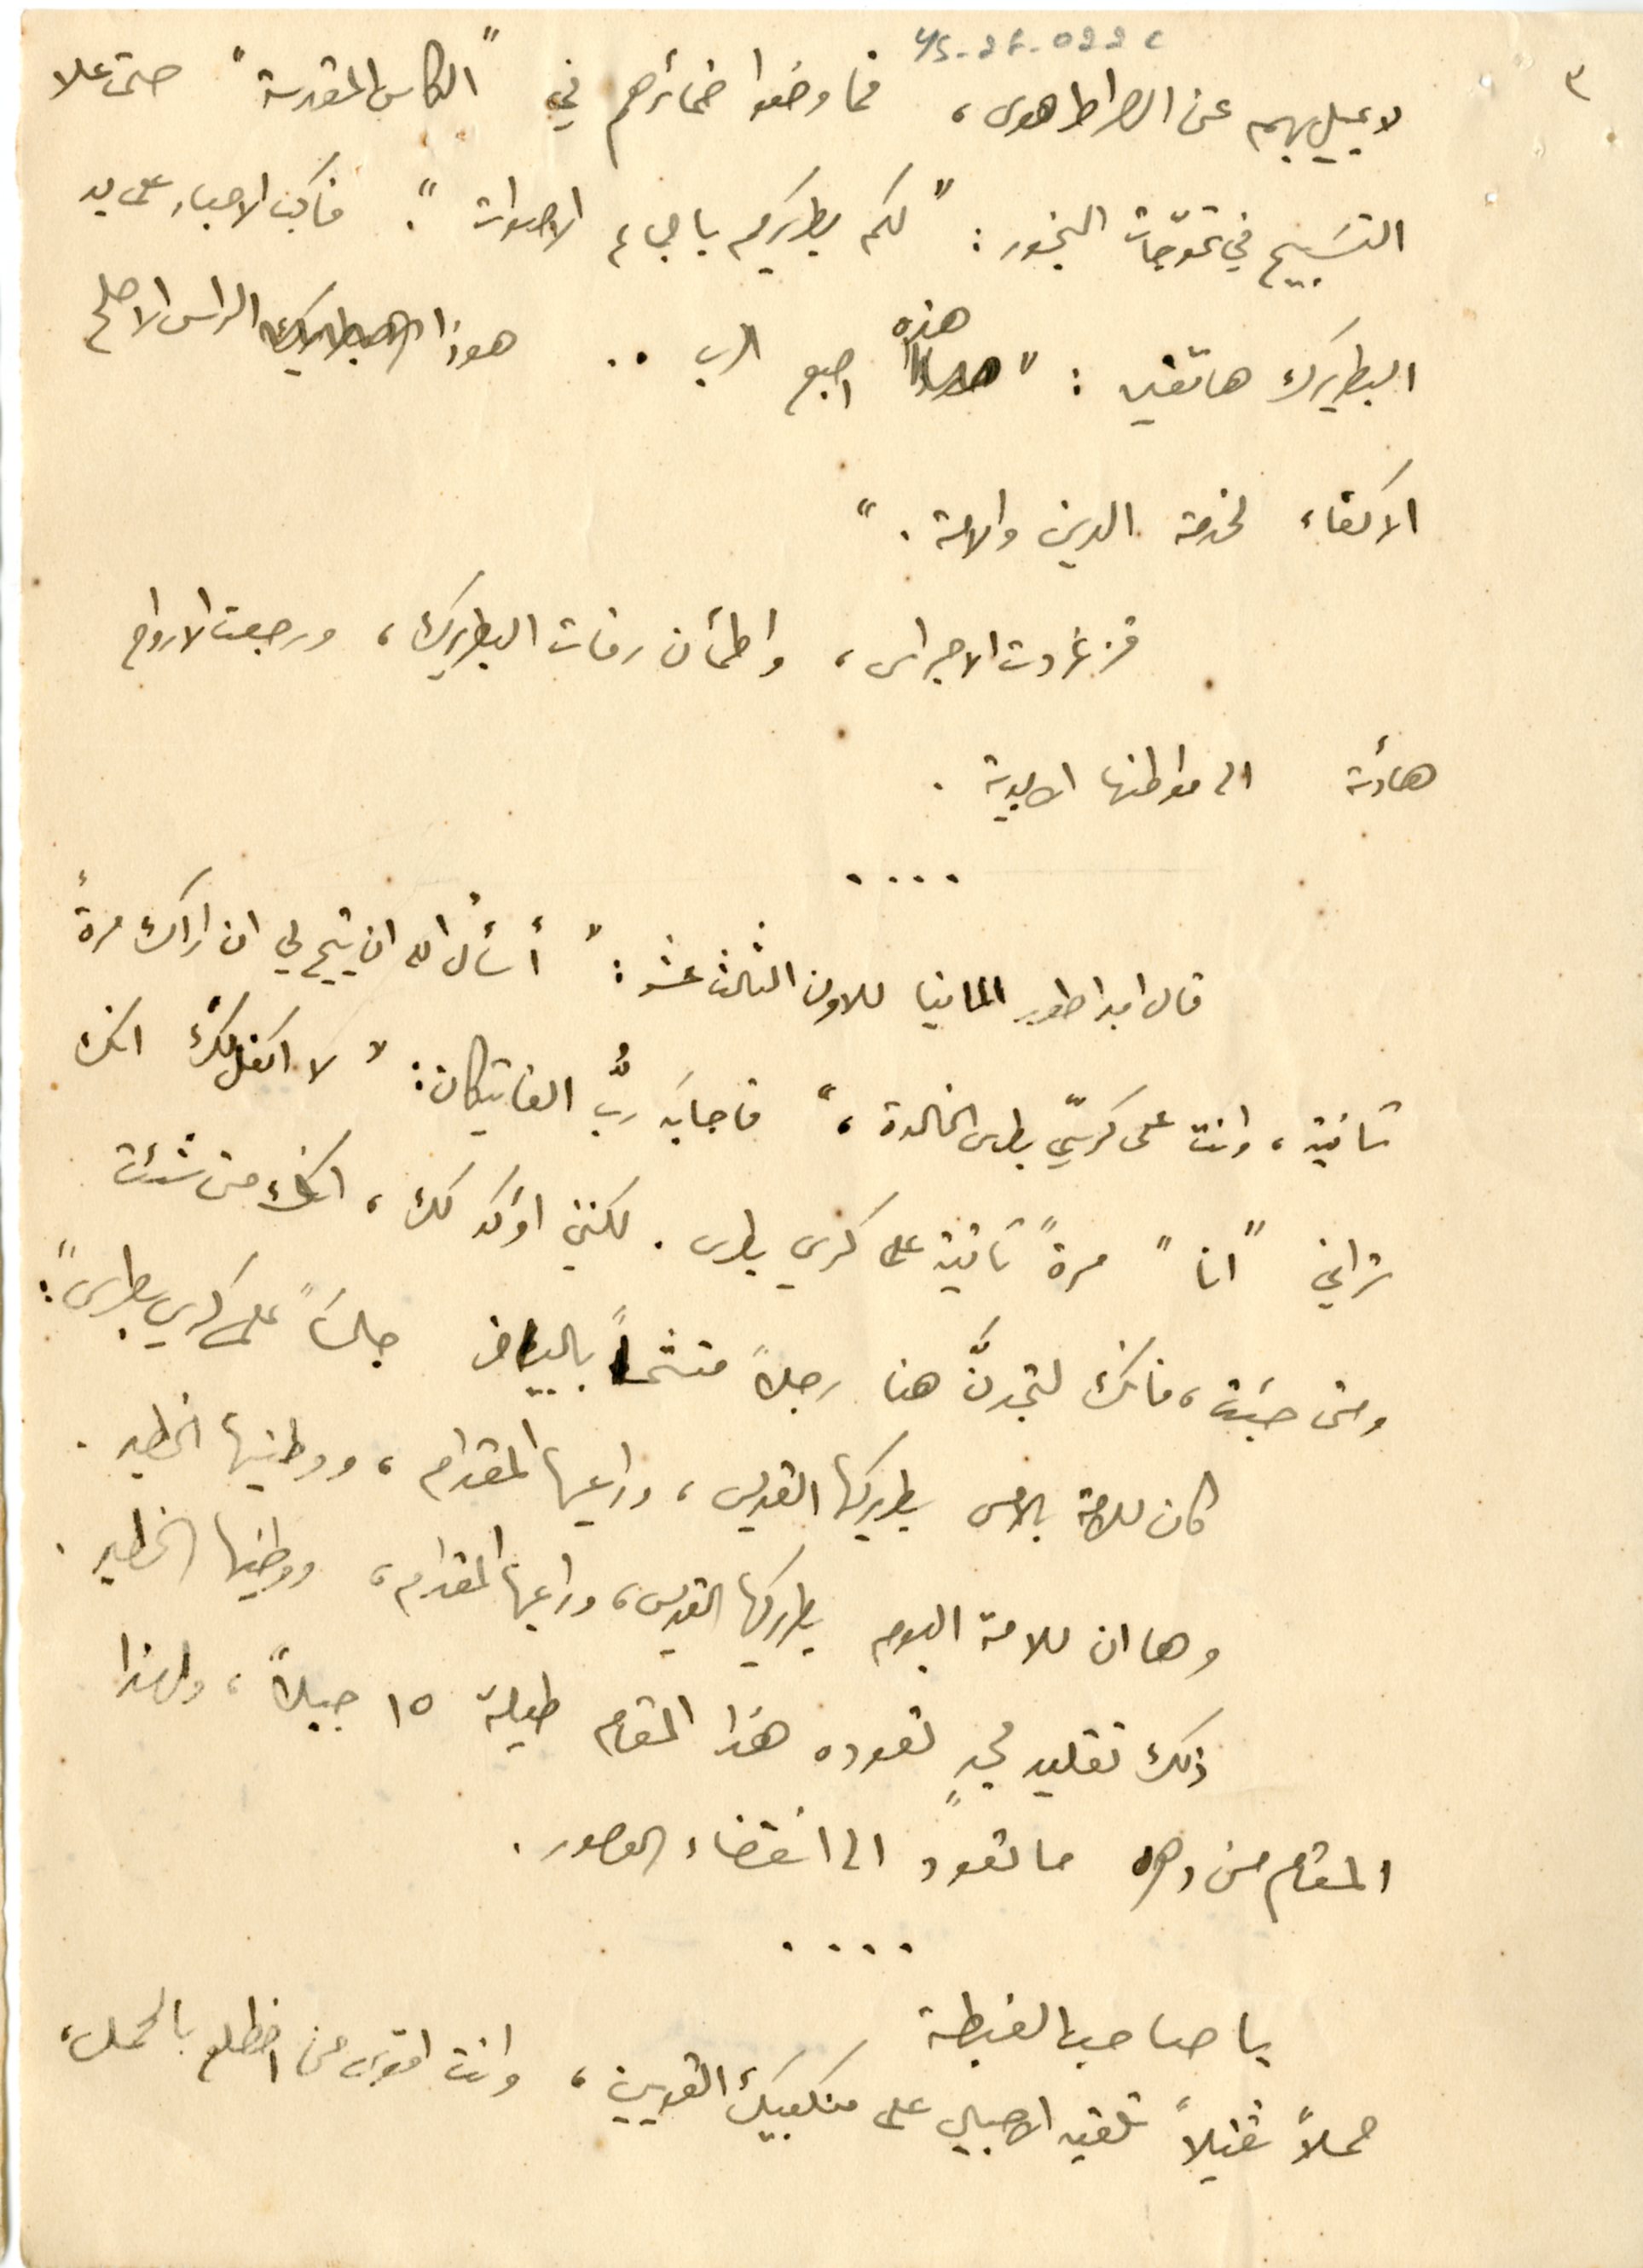
YS_2F_022c		٣
لا يميل بهم عن الصراط هوى، فما وضعوا ضمائرهم في "الكاس المقدسة" حتى علا
التسَبيح في تموّجات البخور : "لكم بطريرك باجماع الاصوات". فاكب الاحبار على يد
البطريرك هاتفين : " هذه اصبع الرب .. هوذا الراس الاصلح
الاكفاء لخدمة الدين والامة. "
فزغردت الاجراس، واطمأن رفات البطريرك، ورجعت الارواح
هادئة الى مواطنها الابدية .....
قال امبراطور المانيا للاون الثالث عشر : " أسألُ الله ان يتيح لي ان اراك مرةً
ثانية، وانت على كرسيّ بطرس الخالدة،" فاجابَه ربُّ الفاتيكان: "لا اكفل لكَ انك
تراني "انا" مرةً ثانية على كرسي بطرس. لكنني اؤكد لك، انك متى شئت
ومتى حبَبت، فانك لتجدنَّ هنا رجلاً متشحاً بالبياض جالسَا "على كرسي بطرس" :
كان للامة بالامس بطريركها القديس، وراعيها المقدام، ووطنيها الخطير.
وها ان للامة اليوم بطريركها القديس، وراعيها المقدام، ووطنيها الخطير.
ذلك تقليد مجدٍ تعوده هذا المقام طيلة ١٥ جيلاً، ولهذا
المقام من دهره ما تعود الى انقضاء العصور.
....
يا صاحب الغبطة
حملاً ثقيلاً تلقيه الاجيال على منكبيك القويين، وانت اقوى من اضطلع بالحمل،